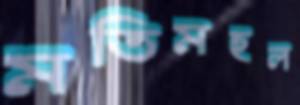
মতিমহল